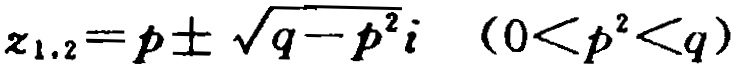
\(z_{1,2}=p\pm \sqrt{q - p^{2}}i\quad(0 < p^{2} < q)\)